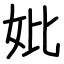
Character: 妣